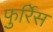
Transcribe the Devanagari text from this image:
फुर्रिेस